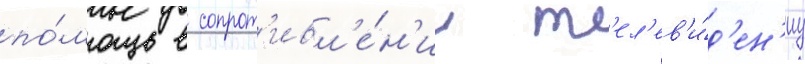
по́мощь в сопрот'ивл'е́н'ии т'ел'ев'и́д'ен'иу